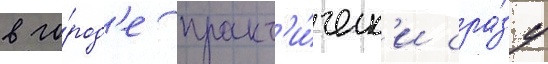
в го́род'е практ'и́ческ'и сра́зу